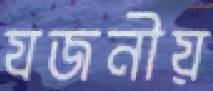
যজনীয়